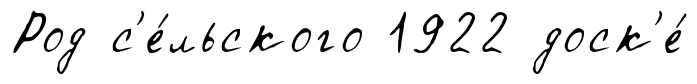
Род с'е́льского 1922 доск'е́